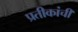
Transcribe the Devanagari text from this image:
प्रतीकांची